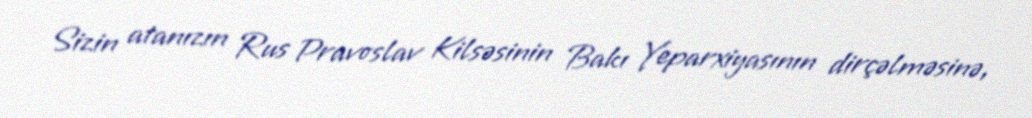
Sizin atanızın Rus Pravoslav Kilsəsinin Bakı Yeparxiyasının dirçəlməsinə,